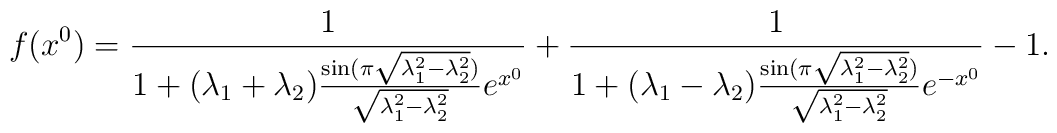
f(x^0)=\frac{1}{1+ (\lambda_1+\lambda_2) \frac{\sin (\pi \sqrt{\lambda_1^2-\lambda_2^2})}{\sqrt{\lambda_1^2-\lambda_2^2}  }  e^{x^0}} +\frac{1}{1+ (\lambda_1-\lambda_2) \frac{\sin (\pi \sqrt{\lambda_1^2-\lambda_2^2})}{\sqrt{\lambda_1^2-\lambda_2^2}  }  e^{-x^0}} -1.